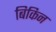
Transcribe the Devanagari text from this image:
बिकिन